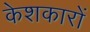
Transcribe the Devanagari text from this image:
केशकारों